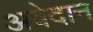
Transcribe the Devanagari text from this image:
अवेदान